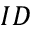
I D